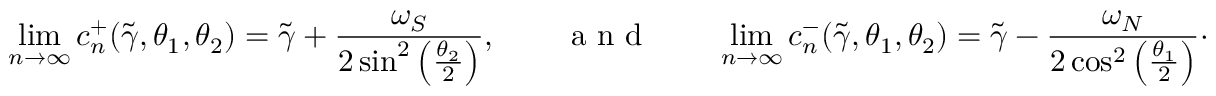
\operatorname* { l i m } _ { n \to \infty } c _ { n } ^ { + } ( \widetilde { \gamma } , \theta _ { 1 } , \theta _ { 2 } ) = \widetilde { \gamma } + \frac { \omega _ { S } } { 2 \sin ^ { 2 } \left( \frac { \theta _ { 2 } } { 2 } \right) } , \qquad \textnormal { a n d } \qquad \operatorname* { l i m } _ { n \to \infty } c _ { n } ^ { - } ( \widetilde { \gamma } , \theta _ { 1 } , \theta _ { 2 } ) = \widetilde { \gamma } - \frac { \omega _ { N } } { 2 \cos ^ { 2 } \left( \frac { \theta _ { 1 } } { 2 } \right) } \cdot